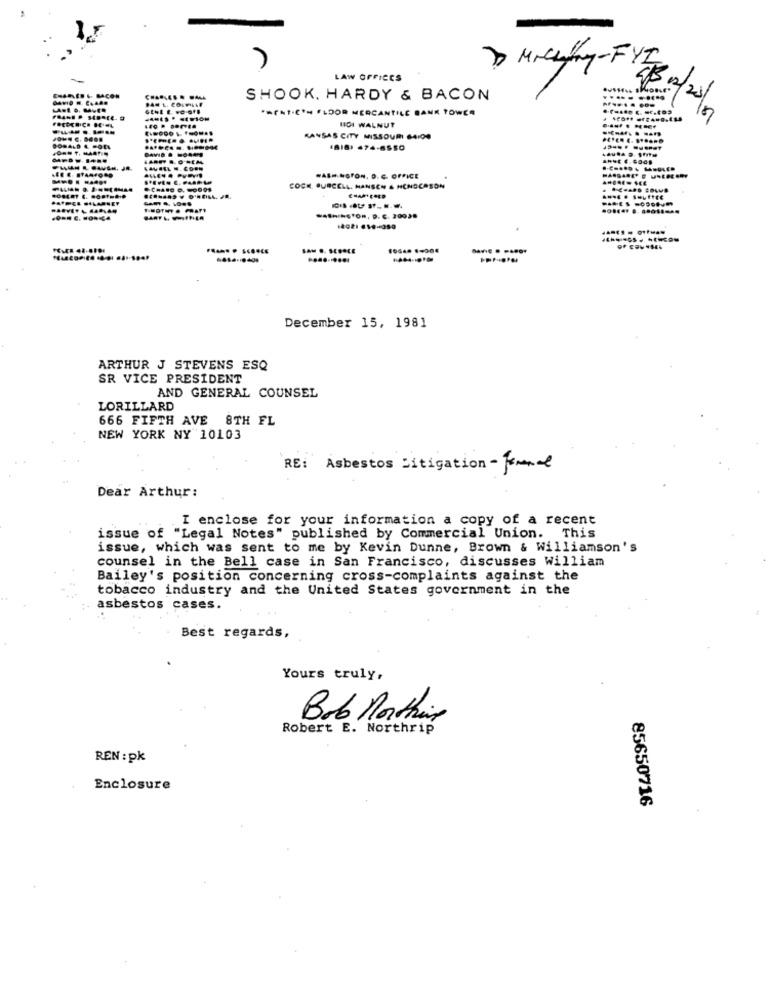
Michalfry-FYI
LAW OFFICES
MACON
SHOOK. HARDY & BACON
..... ...
Kom
*MENT.CON FLOOR MERCANTILE BANK TOWER
NICI WALNUT
KANSAS CITY MISSOURI 64:00
1818) 474-6550
WASHINGTON, D. C. OFFICE
COCK. OURCELL, HANSEN & HENDCOSON
WASHINGTON, D. C. 20038
SAM D. SEBOLE
December 15, 1981
ARTHUR J STEVENS ESQ
SR VICE PRESIDENT
AND GENERAL COUNSEL
LORILLARD
666 FIFTH AVE 8TH FL
NEW YORK NY 10103
RE: Asbestos Litigation- Jerne
Dear Arthur:
I enclose for your information a copy of a recent
issue of "Legal Notes" published by Commercial Union. This
issue, which was sent to me by Kevin Dunne, Brown & Williamson's
counsel in the Bell case in San Francisco, discusses William
Bailey's position concerning cross-complaints against the
tobacco industry and the United States government in the
asbestos cases.
Best regards,
Yours truly,
Bob Northin
Robert E. Northrip
REN : pk
Enclosure
85650716